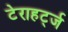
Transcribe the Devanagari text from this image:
टेराहर्ट्ज